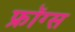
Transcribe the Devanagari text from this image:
फ्रॉग्स